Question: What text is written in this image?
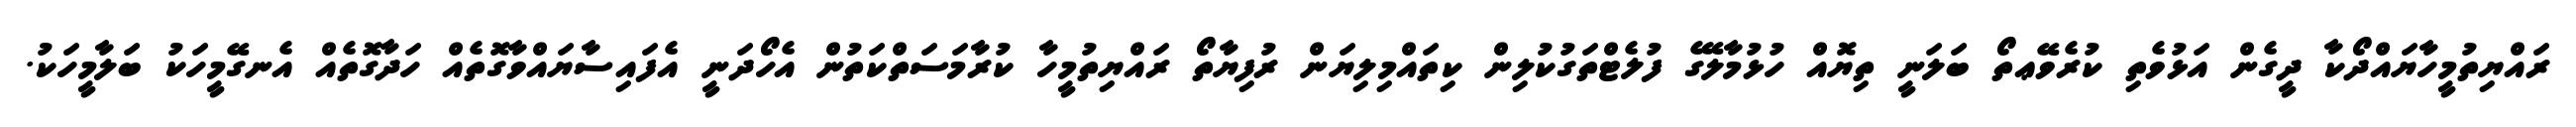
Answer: ރައްޔިތުމީހާޔައްދޯކާ ދީގެން އަޅުވެތި ކުރެވޭޢތޯ ބަލަނީ ތިޔޮއް ހުޅުމާލޭގެ ފުލެޓްތަގުކުލިން ކިތައްމިލިޔަން ރުފިޔާތޯ ރައްޔިތުމީހާ ކުރާމަސަތްކަތުން އެހޯދަނީ އެފައިސާޔައްވާގޮތެއް ހަދާގޮތެއް އެނގޭމީހަކު ބަލާމީހަކު.